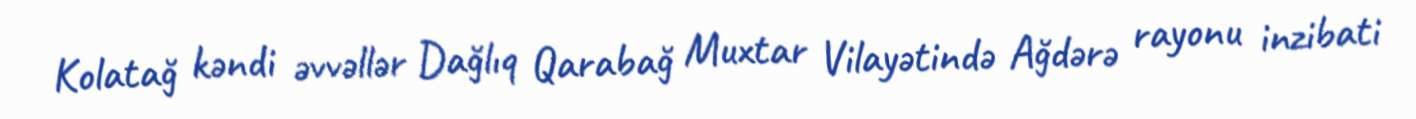
Kolatağ kəndi əvvəllər Dağlıq Qarabağ Muxtar Vilayətində Ağdərə rayonu inzibati